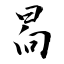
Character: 晑